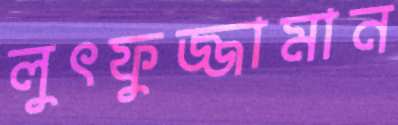
লুৎফুজ্জামান